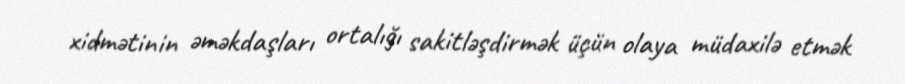
xidmətinin əməkdaşları ortalığı sakitləşdirmək üçün olaya müdaxilə etmək